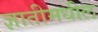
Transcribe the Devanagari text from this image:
ज्ञातीमधील